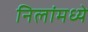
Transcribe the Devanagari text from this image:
निलांमध्ये